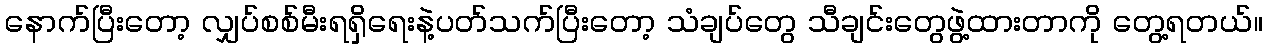
နောက်ပြီးတော့ လျှပ်စစ်မီးရရှိရေးနဲ့ပတ်သက်ပြီးတော့ သံချပ်တွေ သီချင်းတွေဖွဲ့ထားတာကို တွေ့ရတယ်။